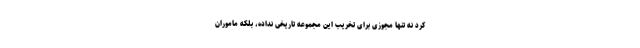
کرد نه تنها مجوزی برای تخریب این مجموعه تاریخی نداده، بلکه ماموران